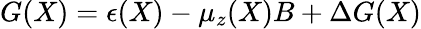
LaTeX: G(X)=\epsilon(X)-\mu_{z}(X)B+\Delta G(X)